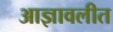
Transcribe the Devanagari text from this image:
आज्ञावलीत